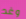
وغد